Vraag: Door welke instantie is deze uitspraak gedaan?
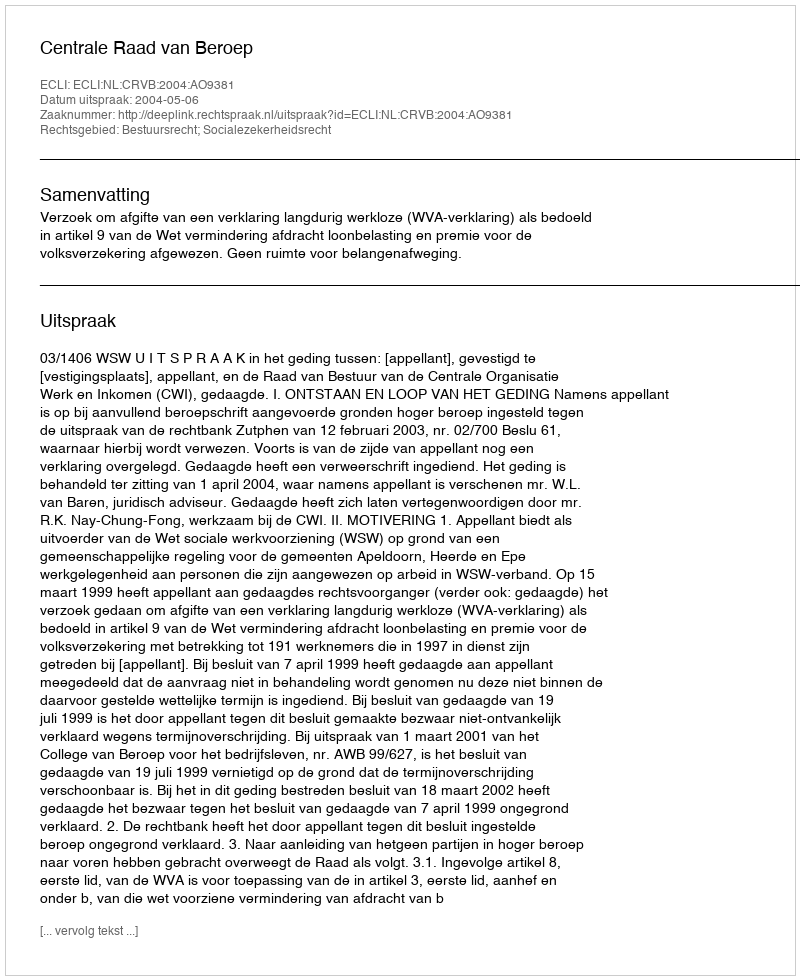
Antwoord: Centrale Raad van Beroep